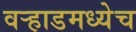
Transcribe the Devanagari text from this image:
वर्‍हाडमध्येच